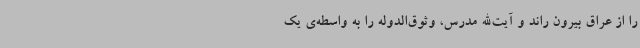
را از عراق بیرون راند و آیت‌الله مدرس، وثوق‌الدوله را به واسطه‌ی یک